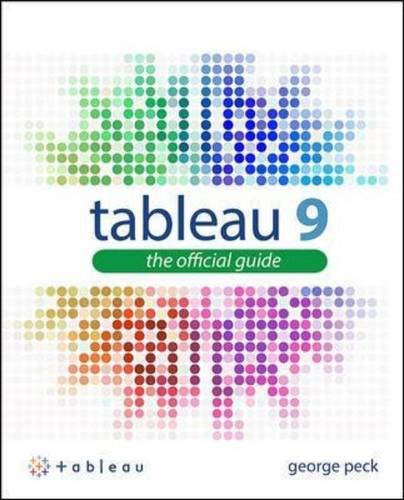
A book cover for Tableau 9: The Official Guide; George Peck; Computers & Technology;